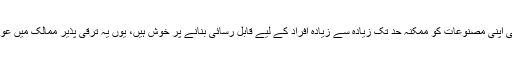
ہم آمدنی اور رہائش کے مقام سے قطع نظر ہو کر زندگی کو بہتر بنانے والی اپنی مصنوعات کو ممکنہ حد تک زیادہ سے زیادہ افراد کے لیے قابل رسائی بنانے پر خوش ہیں، یوں یہ ترقی پذیر ممالک میں عورتوں اور بچوں کی صحت کو بہتر بنانے میں ایک بہت اہم حصہ داری ہے۔